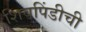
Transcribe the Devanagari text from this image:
शिवपिंडीची